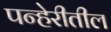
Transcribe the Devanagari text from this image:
पन्हेरीतील